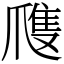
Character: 㸕